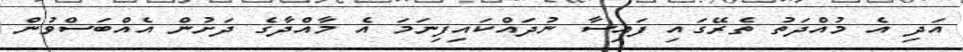
އަދި އެ މުއްދަތު ތެރޭގައި ފައިސާ ނުދައްކައިފިނަމަ އެ މާއްދާގެ ދަށުން އެއްބަސްވުން